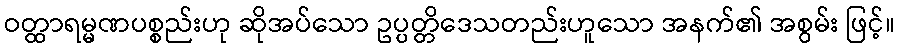
ဝတ္ထာရမ္မဏပစ္စည်းဟု ဆိုအပ်သော ဥပ္ပတ္တိဒေသတည်းဟူသော အနက်၏ အစွမ်း ဖြင့်။